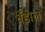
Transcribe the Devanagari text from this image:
वेंडाल